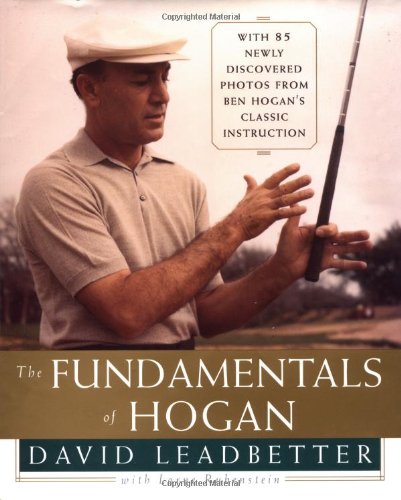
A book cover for The Fundamentals of Hogan; David Leadbetter; Sports & Outdoors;